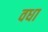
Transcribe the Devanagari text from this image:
वधा